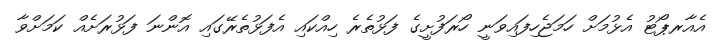
އެއާރޕޯޓު އެޅުމަށް ހަމަޖެހިފައިވަނީ ހޯރަފުށީގެ ފަޅުތެރެ ހިއްކައި އެފަޅުތެރޭގައި އޮންނަ ފަޅުރަށެއް ކަމަށްވާ